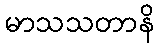
မာသသတာနိ